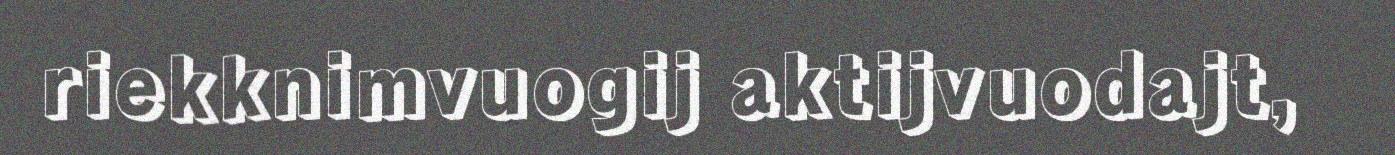
riekknimvuogij aktijvuodajt,